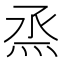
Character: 烝